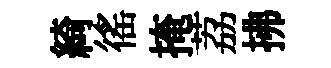
綺徭掩荔拂